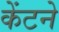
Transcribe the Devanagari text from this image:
केंटने